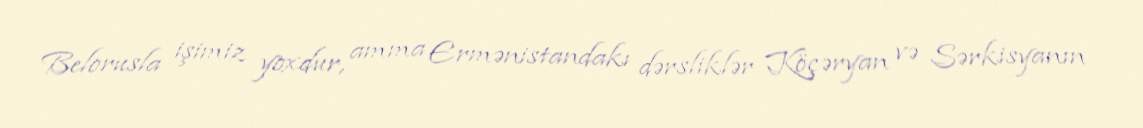
Belorusla işimiz yoxdur, amma Ermənistandakı dərsliklər Köçəryan və Sərkisyanın